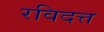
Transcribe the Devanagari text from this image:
रविदत्त